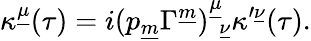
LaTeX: \kappa^{\underline{{\mu}}}(\tau)=i(p_{\underline{{m}}}\Gamma^{\underline{{m}}})_{~~\underline{{{\nu}}}}^{\underline{{{\mu}}}}\kappa^{\prime\underline{{{\nu}}}}(\tau).